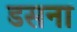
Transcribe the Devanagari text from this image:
डसना